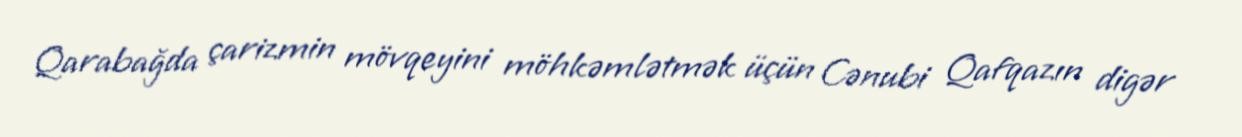
Qarabağda çarizmin mövqeyini möhkəmlətmək üçün Cənubi Qafqazın digər